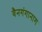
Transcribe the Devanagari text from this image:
वैनगंगानाग